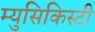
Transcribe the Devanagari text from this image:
म्युसिकिस्टी